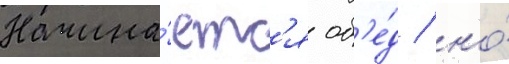
Начина́етс'я об'е́д / но́